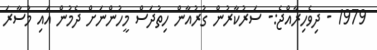
1979 - ދިވެހިރާއްޖެ:- ސަރުކާރުން ގުރުއާން ހިތުދަސް މީހުންނަށް ދެމުން އައި މުސާރަ